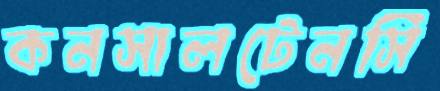
কনসালটেনসি